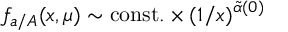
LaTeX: f _ { a / A } ( x , \mu ) \sim \mathrm { c o n s t . } \times ( 1 / x ) ^ { \tilde { \alpha } ( 0 ) }